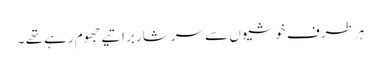
ہر طرف خوشیوں سے سرشار براتیے جھوم رہے تھے ۔